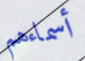
أسماءهم